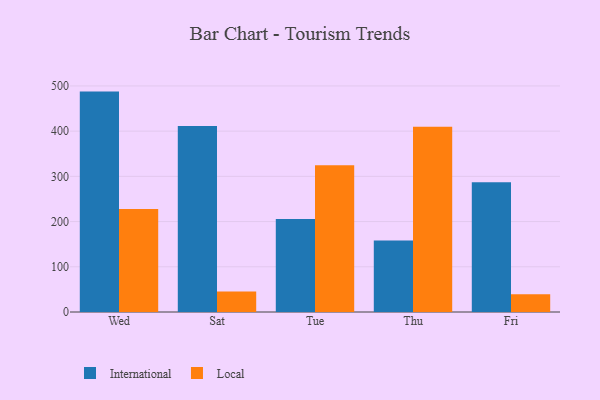
{"axis": {"x": "Day", "y": "Inventory Turnover"}, "legend": ["International", "Local"], "data": [{"x": "Wed", "y": 487.5, "type": "International"}, {"x": "Wed", "y": 227.6, "type": "Local"}, {"x": "Sat", "y": 411.6, "type": "International"}, {"x": "Sat", "y": 45.3, "type": "Local"}, {"x": "Tue", "y": 205.7, "type": "International"}, {"x": "Tue", "y": 324.8, "type": "Local"}, {"x": "Thu", "y": 158.1, "type": "International"}, {"x": "Thu", "y": 409.6, "type": "Local"}, {"x": "Fri", "y": 286.9, "type": "International"}, {"x": "Fri", "y": 39.0, "type": "Local"}]}